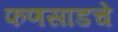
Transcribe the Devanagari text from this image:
फणसाडचे